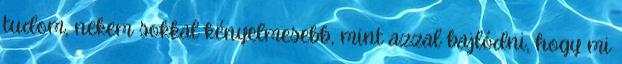
tudom, nekem sokkal kényelmesebb, mint azzal bajlódni, hogy mi